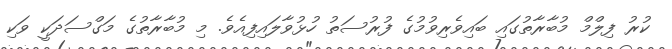
ކުރު ފިލްމް މުބާރާތުގައި ބައިވެރިވުމުގެ ފުރުސަތު ހުޅުވާލައިފިއެވެ. މި މުބާރާތުގެ މަގްސަދަކީ ވަކި